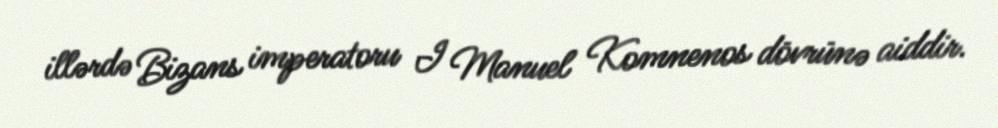
illərdə Bizans imperatoru I Manuel Komnenos dövrünə aiddir.